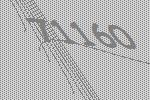
71160